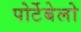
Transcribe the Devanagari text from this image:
पोर्टेबेलो